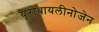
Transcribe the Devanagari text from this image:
यूरोबायलीनोजेन